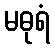
မဓုရံ